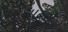
ચાહરો